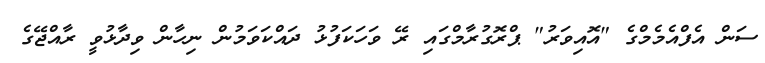
ސަން އެފްއެމެމްގެ "އޮއިވަރު" ޕްރޮގުރާމްގައި ރޭ ވަހަކަފުޅު ދައްކަވަމުން ނިހާން ވިދާޅުވީ ރާއްޖޭގެ